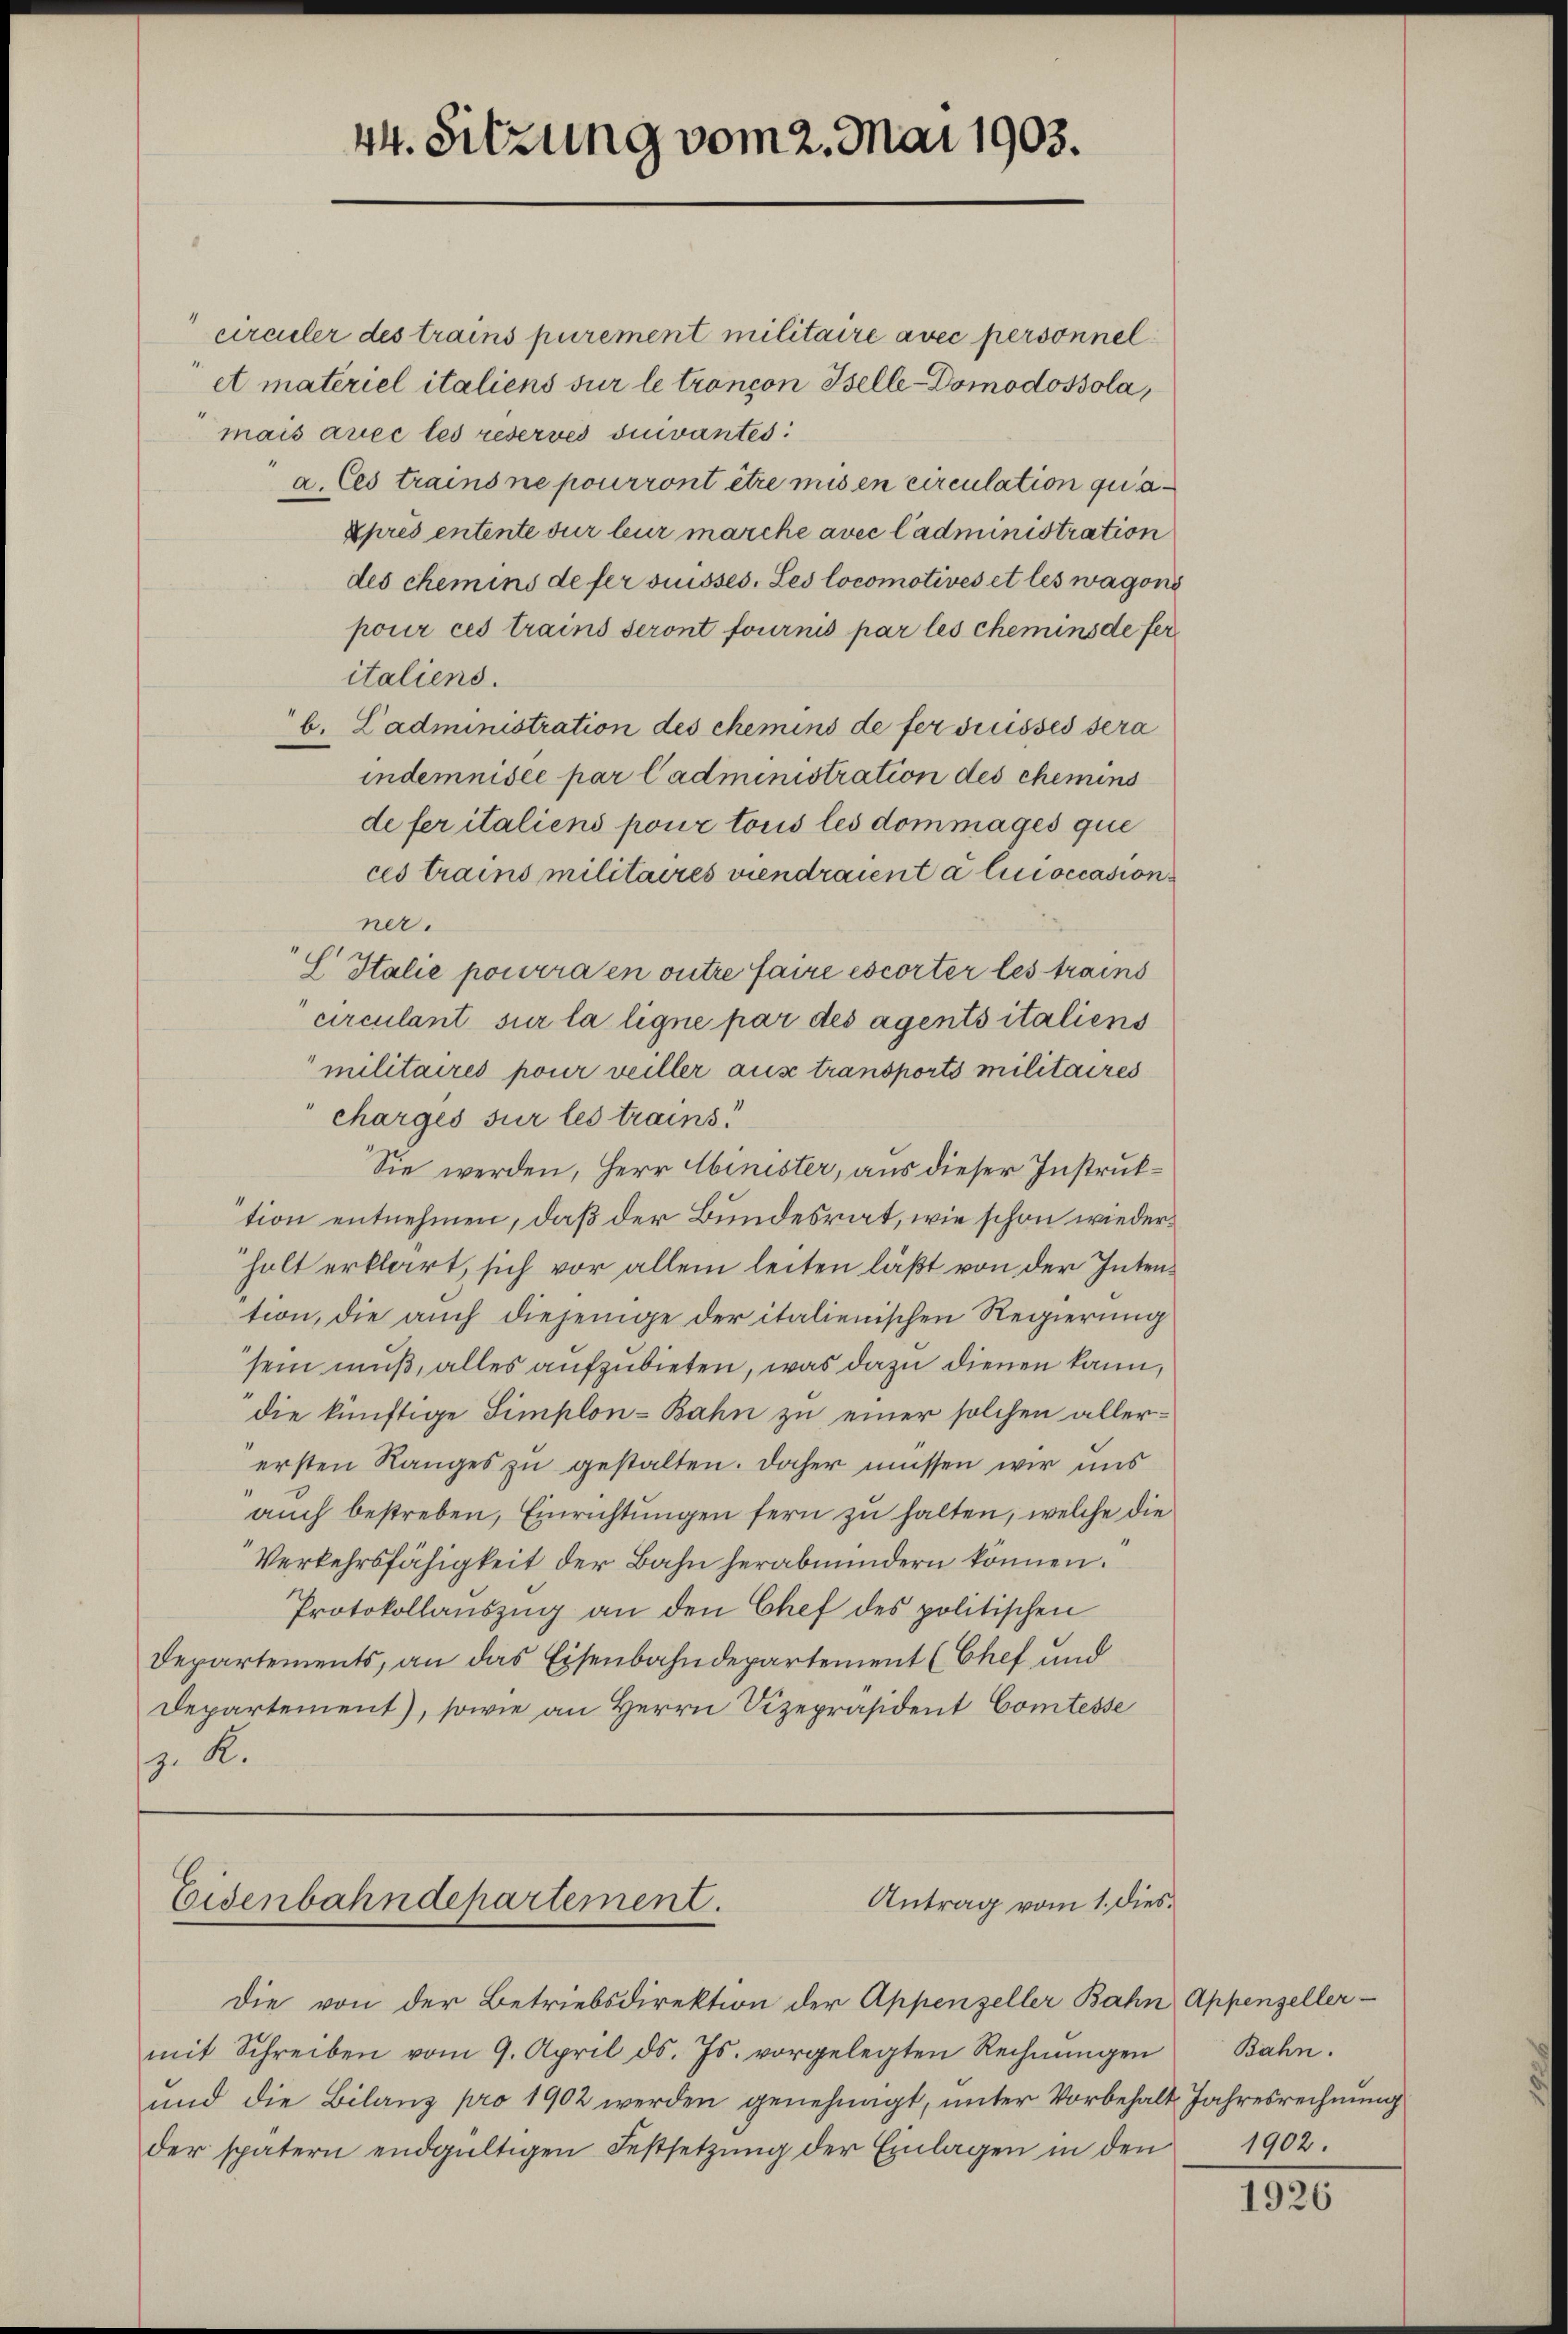
44. Sitzung vom 2. Mai 1903.

4
circuler des trains purement militaire avec personnel
et materiel italiens sur le trancon Belle-Domodossola,
mais auce les reservés suivantes
a. Ces trains ne pourront être mis en circulation qua
kprès entente sur leur marche avec ladministration
des chemins de fer viusses. Les locomotives et les wagoni
pour ces trains seront fournis par les chemins de feritaliens.
b. Ladministration des chemins de fer Suisses sera
indemnisée par Cadministration des chemins
de fer italiens pour tous les dommages que
ces trains militaires viendraient a linoccasion
ner.
" Italie pourra en outre faire escorter les trains
circulant sur la ligne par des agents italiens
militaires pour veiller aus transports militaires
charges sur les trains!
Sie werden, Herr Minister, aus dieser Instruktion entnehmen, daß der Bundesrat, wie schon wiederholt erklärt, sich vor allein leiten läßt von der Intention, die auch diejenige der italienischen Regierung
sein muß, alles aufzubieten, was dazu dienen kann,
die künftige Simplon-Bahn zu einer solchen allerersten Ranges zu gestalten. Daher müssen wir uns
auch bestreben, Einrichtungen fern zu halten, welche die
Verkehrsfähigkeit der Bahn herabmindern können.
Protokollauszug an den Chef des politischen
Departements, an das Eisenbahndepartement (Chef und
Departement), sowie an Herrn Vizepräsident Comtesse
z. R.

Antrag vom 1. dies
Eisenbahndepartement.

Die von der Betriebsdirektion der Appenzeller Bahn Appenzeller-
mit Schreiben vom 9. April d. Js. vorgelegten Rechnŭngen Bahn.
und die Bilanz pro 1902 werden genehmigt, unter Vorbehalt Jahresrechnung
der spätern endgültigen Festsetzŭng der Einlagen in den 1902.

1926